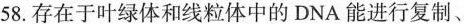
58.存在于叶绿体和线粒体中的DNA能进行复制、